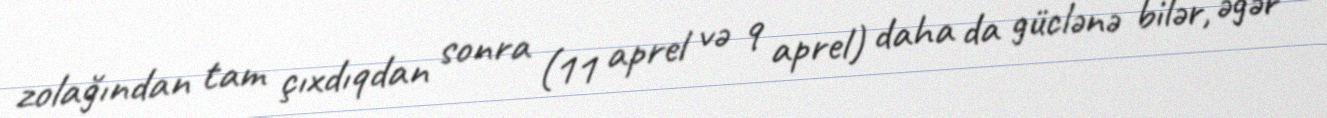
zolağından tam çıxdıqdan sonra (11 aprel və 9 aprel) daha da güclənə bilər, əgər